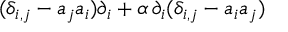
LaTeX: ( \delta _ { i , j } - a _ { j } a _ { i } ) \partial _ { i } + { \alpha } \, \partial _ { i } ( \delta _ { i , j } - a _ { i } a _ { j } )